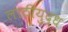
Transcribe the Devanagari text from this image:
लाठीयुद्ध